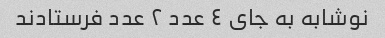
نوشابه به جای ٤ عدد ٢ عدد فرستادند